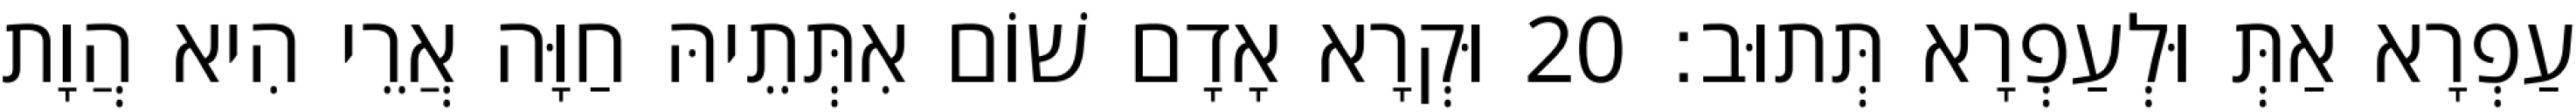
עַפְרָא אַתְּ וּלְעַפְרָא תְּתוּב׃ 20 וּקְרָא אָדָם שׁוֹם אִתְּתֵיהּ חַוָּה אֲרֵי הִיא הֲוָת